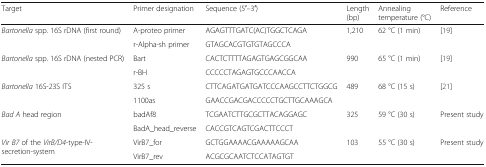
<table><thead><tr><td><b>Target</b></td><td><b>Primer designation</b></td><td><b>Sequence (5′–3′)</b></td><td><b>Length (bp)</b></td><td><b>Annealing temperature (°C)</b></td><td><b>Reference</b></td></tr></thead><tbody><tr><td rowspan="2"><i>Bartonella</i> spp. 16S rDNA (first round)</td><td>A-proteo primer</td><td>AGAGTTTGATC(AC)TGGCTCAGA</td><td rowspan="2">1,210</td><td rowspan="2">62 °C (1 min)</td><td rowspan="2">[19]</td></tr><tr><td>r-Alpha-sh primer</td><td>GTAGCACGTGTGTAGCCCA</td></tr><tr><td rowspan="2"><i>Bartonella</i> spp. 16S rDNA (nested PCR)</td><td>Bart</td><td>CACTCTTTTAGAGTGAGCGGCAA</td><td rowspan="2">990</td><td rowspan="2">65 °C (1 min)</td><td rowspan="2">[19]</td></tr><tr><td>r-BH</td><td>CCCCCTAGAGTGCCCAACCA</td></tr><tr><td rowspan="2"><i>Bartonella</i> 16S-23S ITS</td><td>325 s</td><td>CTTCAGATGATGATCCCAAGCCTTCTGGCG</td><td rowspan="2">489</td><td rowspan="2">68 °C (15 s)</td><td rowspan="2">[21]</td></tr><tr><td>1100as</td><td>GAACCGACGACCCCCTGCTTGCAAAGCA</td></tr><tr><td rowspan="2"><i>Bad A</i> head region</td><td>badAf8</td><td>TCGAATCTTGCGCTTACAGGAGC</td><td rowspan="2">325</td><td rowspan="2">59 °C (30 s)</td><td rowspan="2">Present study</td></tr><tr><td>BadA_head_reverse</td><td>CACCGTCAGTCGACTTCCCT</td></tr><tr><td rowspan="2"><i>Vir B7</i> of the <i>VirB/D4</i>-type-IV-secretion-system</td><td>VirB7_for</td><td>GCTGGAAAACGAAAAAGCAA</td><td rowspan="2">103</td><td rowspan="2">55 °C (30 s)</td><td rowspan="2">Present study</td></tr><tr><td>VirB7_rev</td><td>ACGCGCAATCTCCATAGTGT</td></tr></tbody></table>